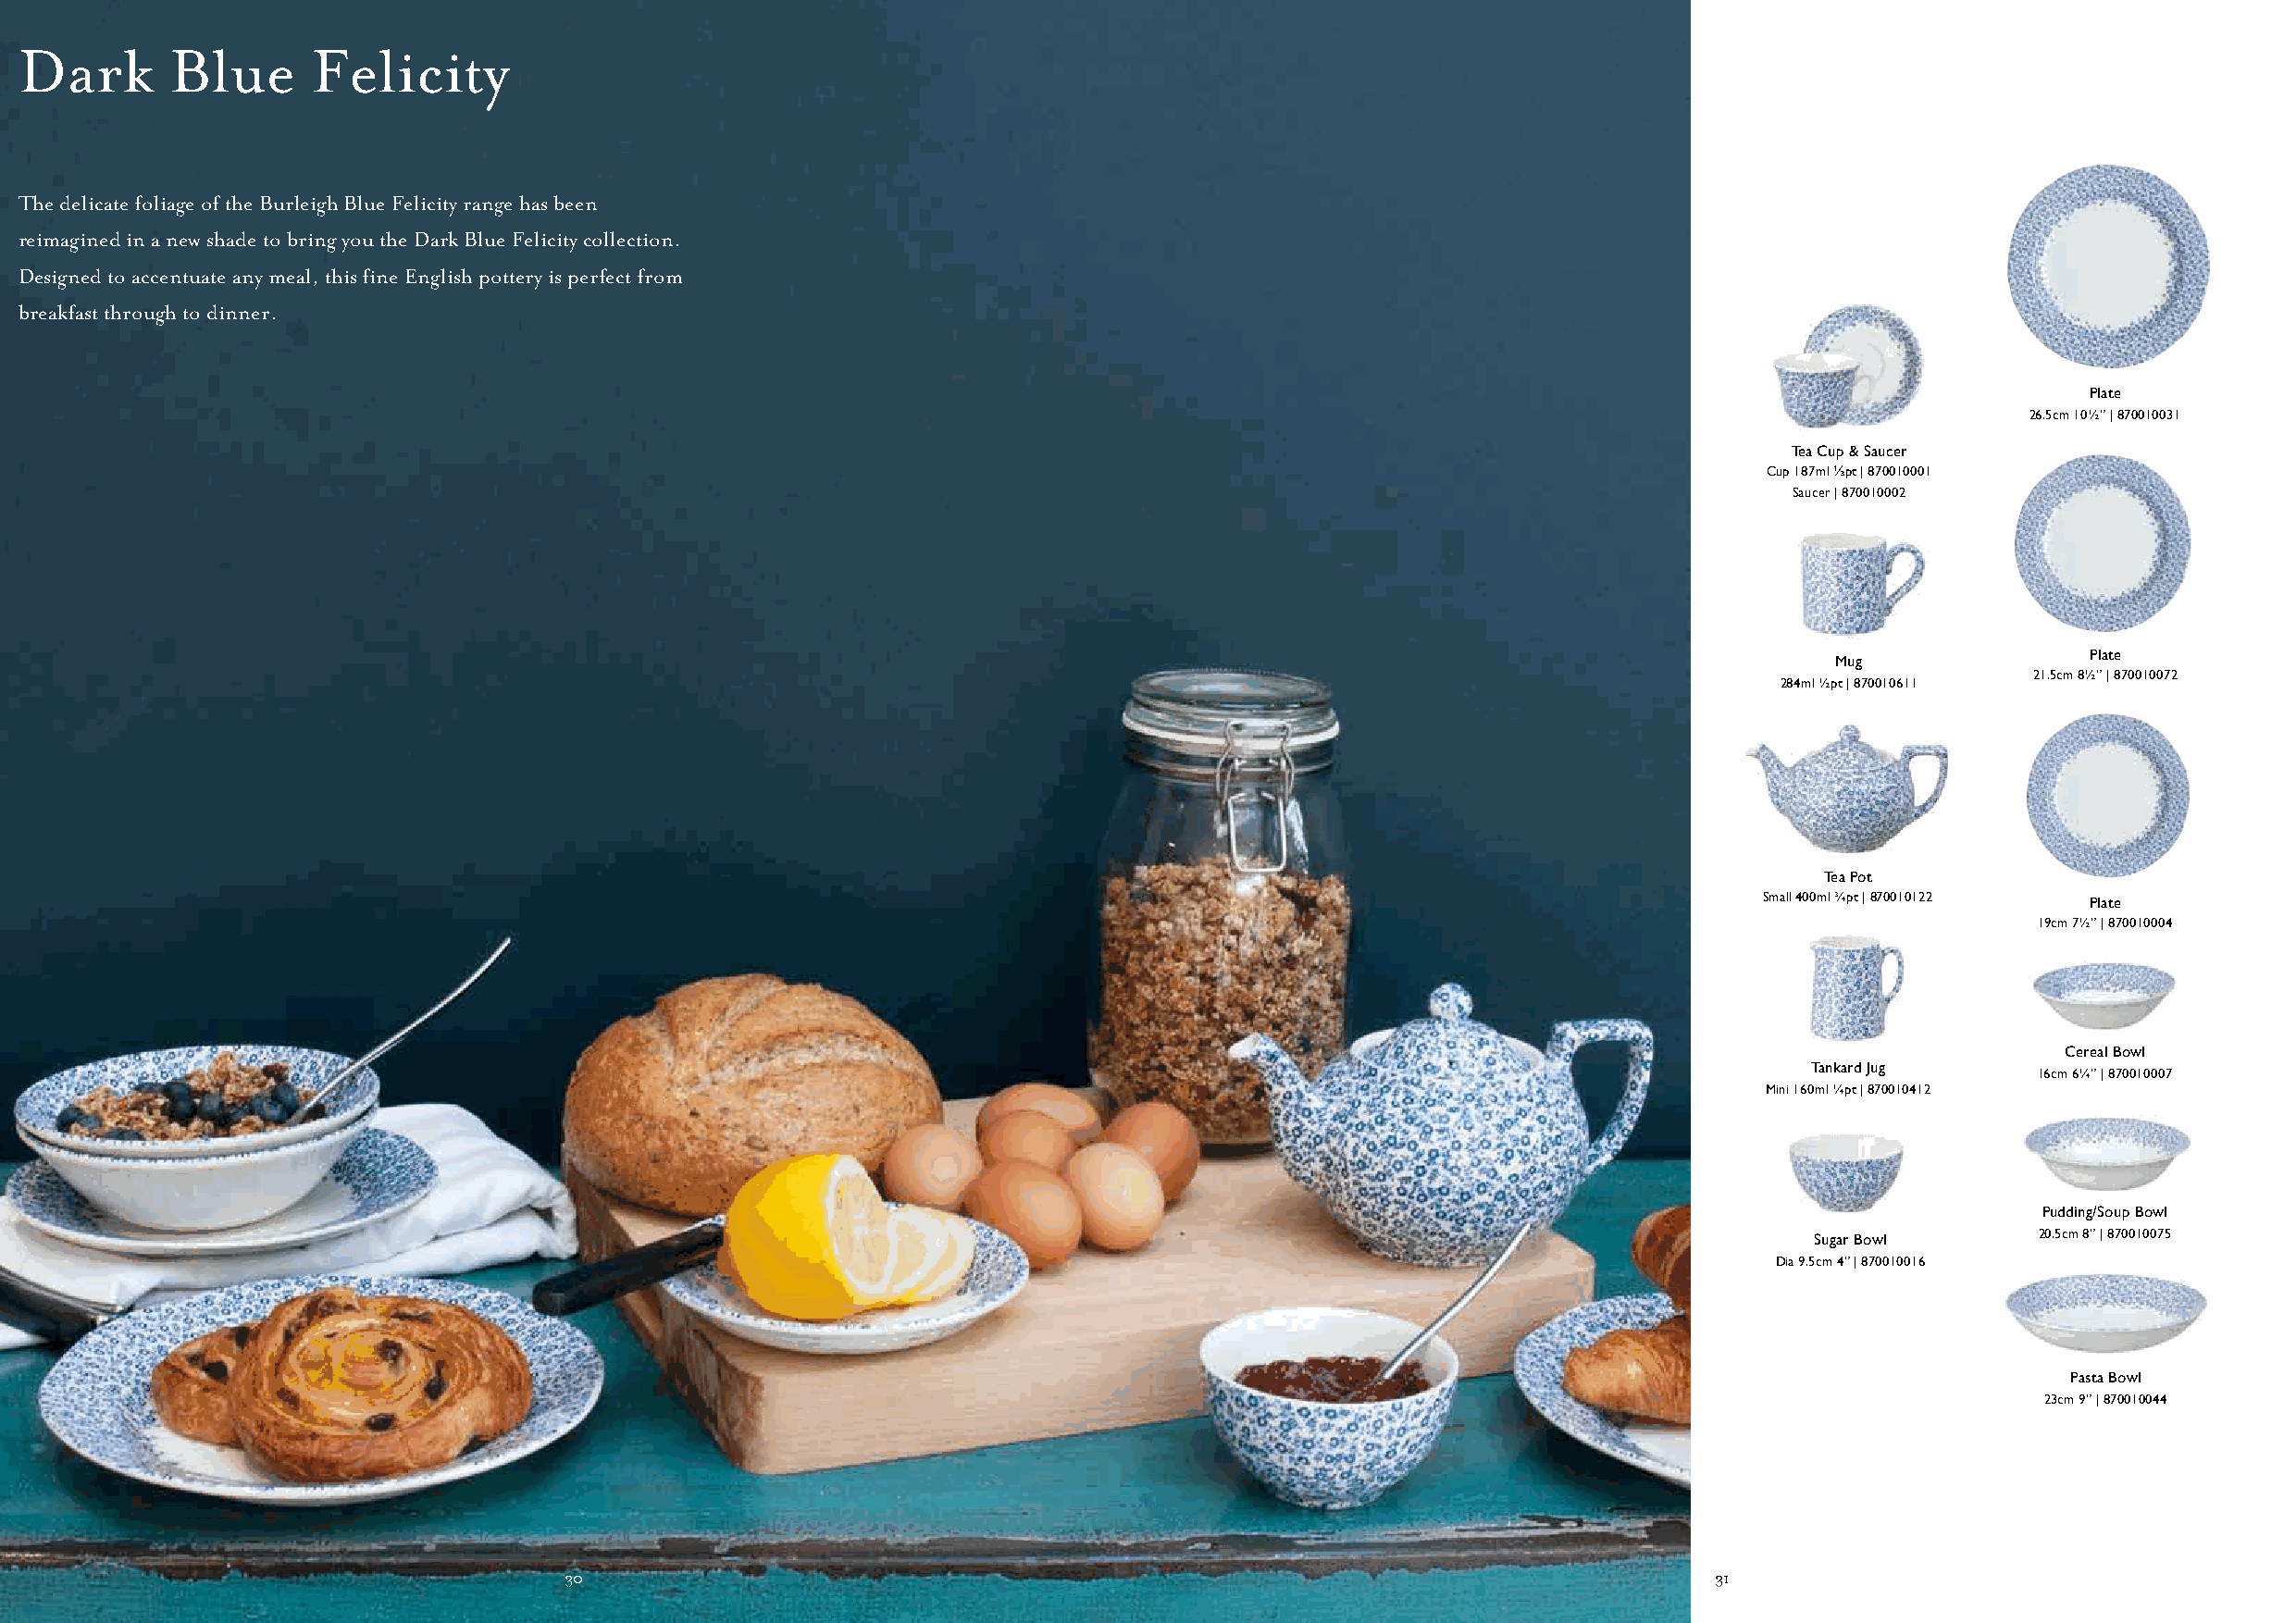
Dark       Blue      Felicity
 The delicate foliage of the Burleigh Blue Felicity range has been
 reimagined in a new shade to bring you the Dark Blue Felicity collection.
 Designed to accentuate any meal, this fine English pottery is perfect from
 breakfast through to dinner.
 Plate
 26.5cm 10½” | 870010031
 Tea Cup & Saucer
 Cup 187ml ⅓pt | 870010001
 Saucer | 870010002
 Plate
 Mug
 21.5cm 8½” | 870010072
 284ml ½pt | 870010611
 Tea Pot
 Small 400ml ¾pt | 870010122 Plate
 19cm 7½” | 870010004
 Cereal Bowl
 Tankard Jug
 16cm 6¼” | 870010007
 Mini 160ml ¼pt | 870010412
 Pudding/Soup Bowl
 Sugar Bowl      20.5cm 8” | 870010075
 Dia 9.5cm 4” | 870010016
 Pasta Bowl
 23cm 9” | 870010044
 3300                                                                               31